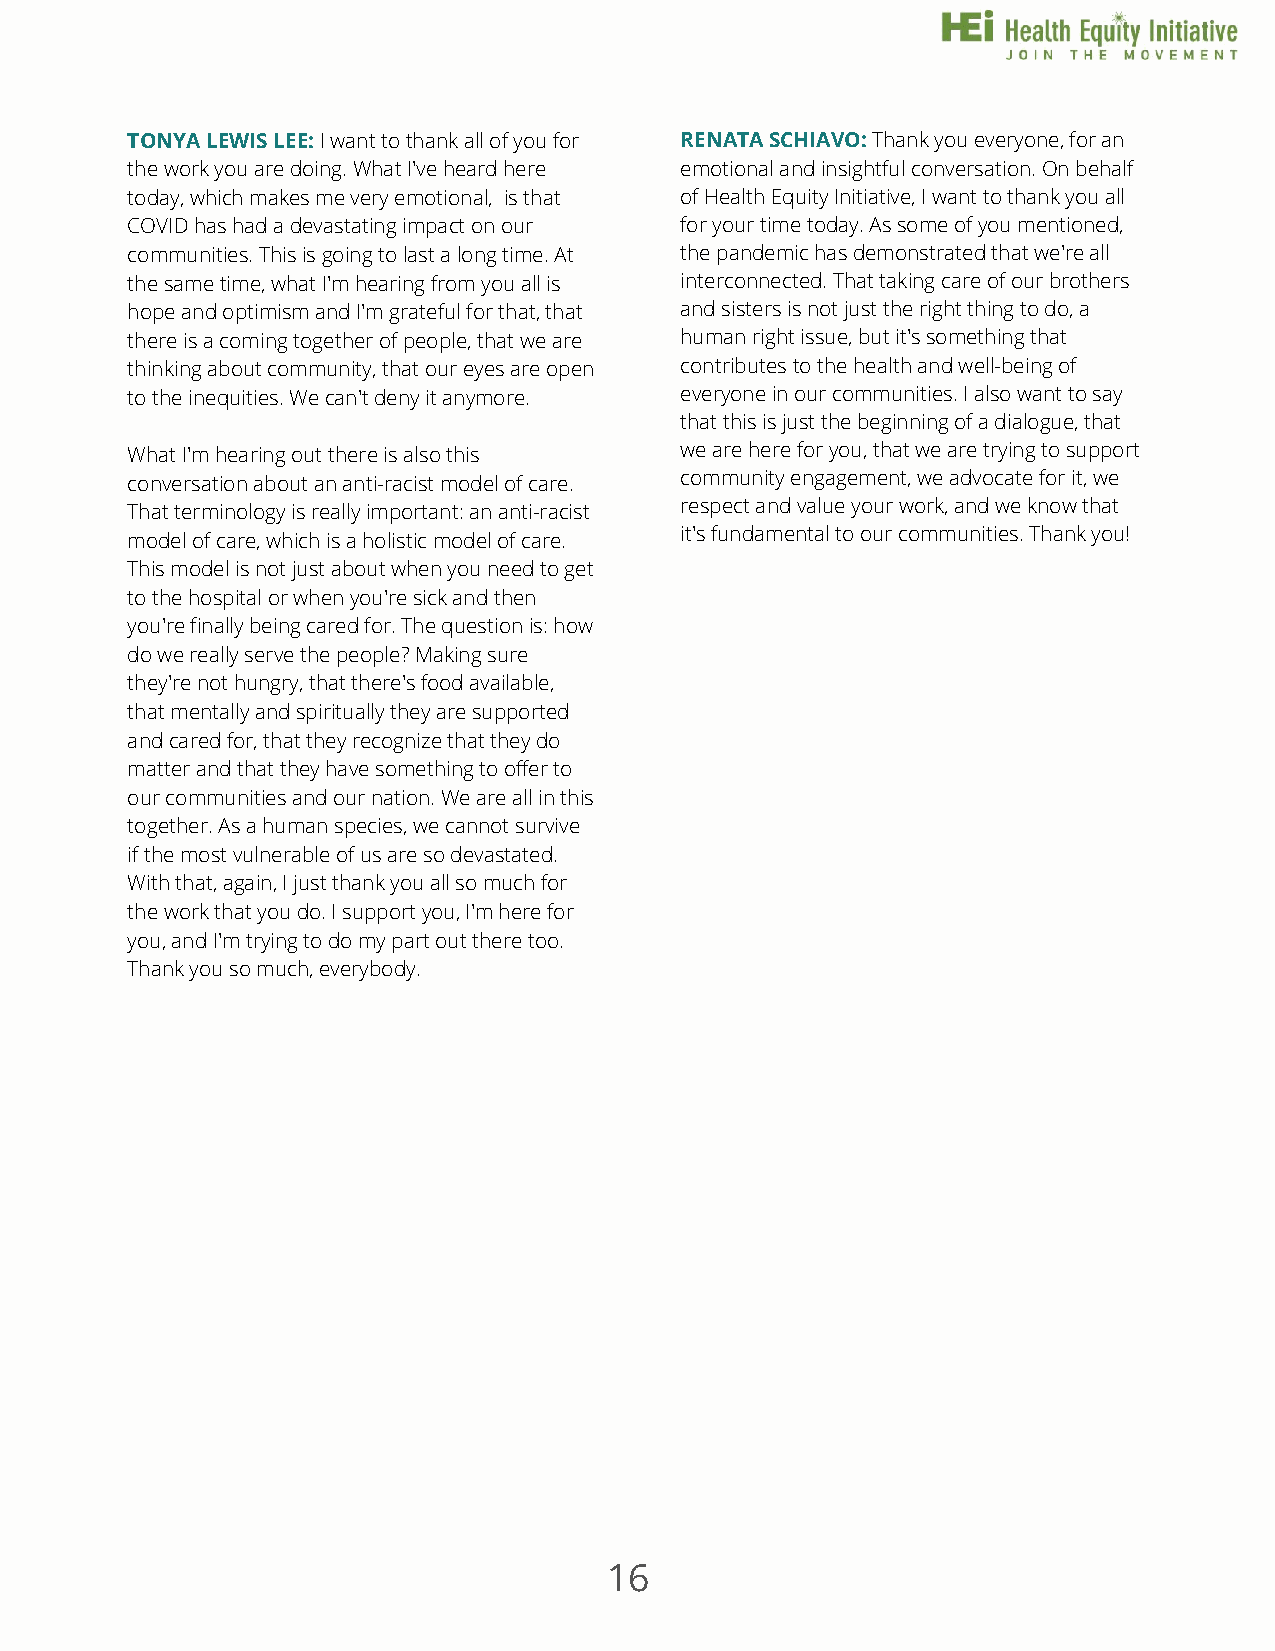
TONYA LEWIS LEE: I want to thank all of you for RENATA SCHIAVO: Thank you everyone, for an
 the work you are doing. What I've heard here emotional and insightful conversation. On behalf
 today, which makes me very emotional, is that of Health Equity Initiative, I want to thank you all
 COVID has had a devastating impact on our for your time today. As some of you mentioned,
 communities. This is going to last a long time. At the pandemic has demonstrated that we're all
 the same time, what I'm hearing from you all is interconnected. That taking care of our brothers
 hope and optimism and I'm grateful for that, that and sisters is not just the right thing to do, a
 there is a coming together of people, that we are hinum saunp rpigohrtt i sosfu era, bisuitn igt's t shoem ething that
 thinking about community, that our eyes are open contributes to the health and well-being of
 to the inequities. We can't deny it anymore. everyone in our communities. I also want to say
 that this is just the beginning of a dialogue, that
 What I'm hearing out there is also this we are here for you, that we are trying to support
 conversation about an anti-racist model of care. community engagement, we advocate for it, we
 That terminology is really important: an anti-racist respect and value your work, and we know that
 it's fundamental to our communities. Thank you!
 model of care, which is a holistic model of care.
 This model is not just about when you need to get
 to the hospital or when you're sick and then
 you're finally being cared for. The question is: how
 do we really serve the people? Making sure
 they're not hungry, that there's food available,
 that mentally and spiritually they are supported
 and cared for, that they recognize that they do
 matter and that they have something to offer to
 our communities and our nation. We are all in this
 together. As a human species, we cannot survive
 if the most vulnerable of us are so devastated.
 With that, again, I just thank you all so much for
 the work that you do. I support you, I'm here for
 you, and I'm trying to do my part out there too.
 Thank you so much, everybody.
 16